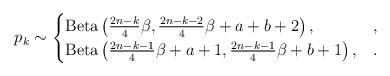
LaTeX: \begin{align*}p_k \sim \begin{cases}{\rm Beta}\left(\frac{2n - k}{4}\beta, \frac{2n - k -2}{4}\beta + a + b + 2 \right), &,\\{\rm Beta}\left(\frac{2n - k - 1}{4}\beta + a + 1, \frac{2n - k -1}{4}\beta + b + 1 \right), &.\end{cases}\end{align*}